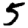
Digit: 5